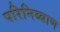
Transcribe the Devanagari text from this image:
परिनिब्बाण